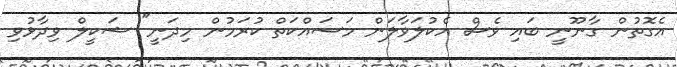
އެގޮތުން ގާނޫނީ ބައި ވެސް އެކުލަވާލަން މަސައްކަތް ކުރަމުން މިދަނީ" ޝަކީލް ވިދާޅުވި